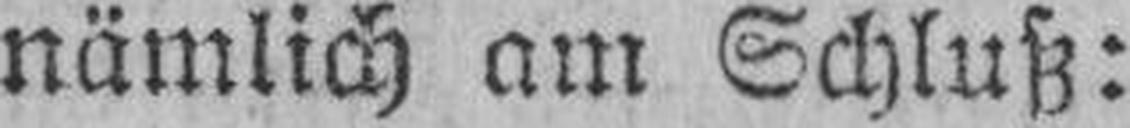
nämlich am Schluß: